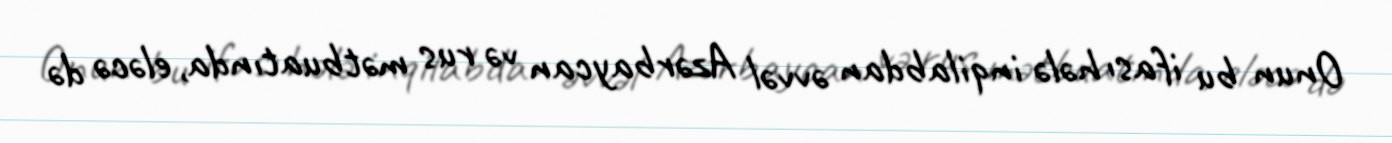
Onun bu ifası hələ inqilabdan əvvəl Azərbaycan və rus mətbuatında, eləcə də